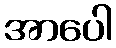
အာပေါ